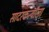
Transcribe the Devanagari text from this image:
सादरकर्त्यांला